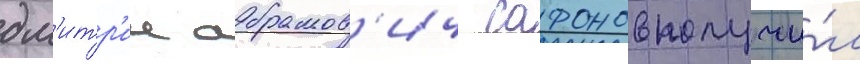
дм'итр'ии абрамов'ич сафонов получи́л